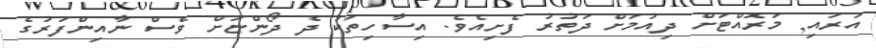
އަރައި